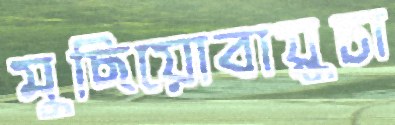
মুছিয়োবায়ুচা